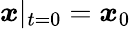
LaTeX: {\boldsymbol{x}}|_{t=0}={\boldsymbol{x}}_{0}